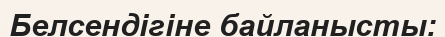
Белсендігіне байланысты: